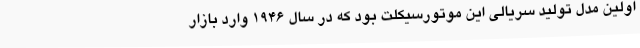
اولین مدل تولید سریالی این موتورسیکلت بود که در سال ۱۹۴۶ وارد بازار